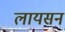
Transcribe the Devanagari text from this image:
लायसन